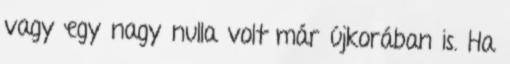
vagy egy nagy nulla volt már újkorában is. Ha